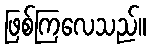
ဖြစ်ကြလေသည်။